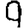
Digit: 9